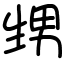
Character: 甥